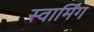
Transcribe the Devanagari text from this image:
स्वार्मिंग